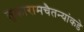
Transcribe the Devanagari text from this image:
तुकारामचैतन्यांकडे